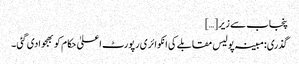
پنجاب سے زیر […]
گذری:مبینہ پولیس مقابلے کی انکوائری رپورٹ اعلیٰ حکام کو بھجوادی گئی ۔